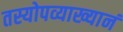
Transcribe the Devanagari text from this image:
तस्योपव्याख्यानं